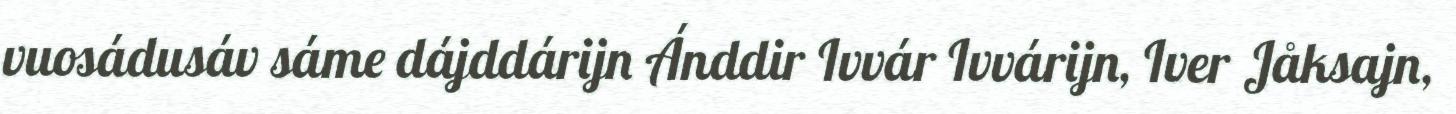
vuosádusáv sáme dájddárijn Ánddir Ivvár Ivvárijn, Iver Jåksajn,